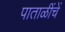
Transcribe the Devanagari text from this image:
पाताळींचें